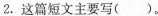
2.这篇短文主要写( )。